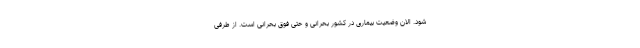
شود. الان وضعیت بیماری در کشور بحرانی و حتی فوق بحرانی است. از طرفی